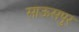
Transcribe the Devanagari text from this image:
साऊसपुर